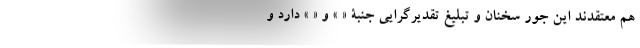
هم معتقدند این جور سخنان و تبلیغ تقدیر‌گرایی جنبۀ « » و « » دارد و